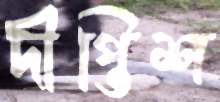
দীপ্তিশ